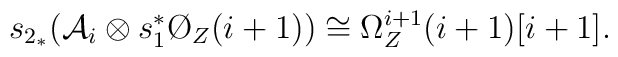
s_{2_*} ({\cal A}_i \otimes  s_1^* \O_Z(i+1)) \cong \Omega_Z^{i+1} (i+1) [i+1].